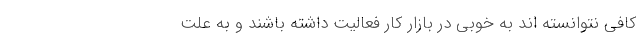
کافی نتوانسته اند به خوبی در بازار کار فعالیت داشته باشند و به علت